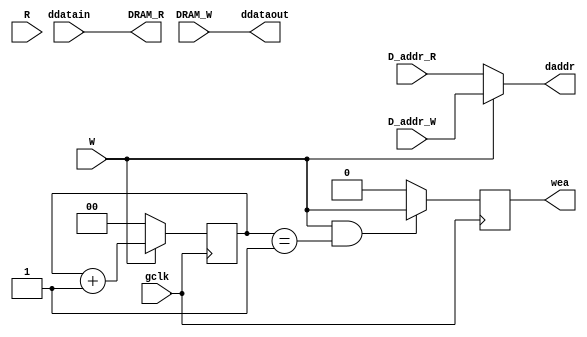
`timescale 1ns / 1ps
//////////////////////////////////////////////////////////////////////////////////
// Company: 
// Engineer: 
// 
// Design Name: 
// Module Name:    DRAM_Controller 
// Project Name: 
// Target Devices: 
// Tool versions: 
// Description: 
//
// Dependencies: 
//
// Revision: 
// Revision 0.01 - File Created
// Additional Comments: 
//
//////////////////////////////////////////////////////////////////////////////////
module DRAM_Controller(
		input gclk,
		input W,
		input [7:0] D_addr_W,
		input [7:0] DRAM_W,
		input R,
		input [7:0] D_addr_R,
		output [7:0] DRAM_R,
		
		output reg wea,
		output [7:0] daddr,
		output [7:0] ddataout,
		input [7:0] ddatain
    );

	reg [1:0]count;
	
	assign daddr = (W == 1) ? D_addr_W : D_addr_R;
	assign ddataout = DRAM_W;
	assign DRAM_R = ddatain;
	always@(posedge gclk) begin
		if( W == 1 && count == 1) begin
			wea <= (1 & W);
		end 
		else 
			wea <= 0;
			
		if( W == 1 ) begin
			count <= count + 1;
		end
		else begin
			count <= 0;
		end	
	end
endmodule